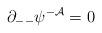
LaTeX: \begin{align*}\partial_{--}\psi^{-{\cal A}}=0\end{align*}